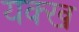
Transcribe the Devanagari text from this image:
यक्ख